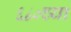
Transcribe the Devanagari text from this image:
६८०च्या